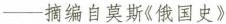
—摘编自莫斯《俄国史》